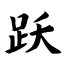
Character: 跃